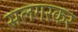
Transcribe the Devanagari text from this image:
सलगरकर